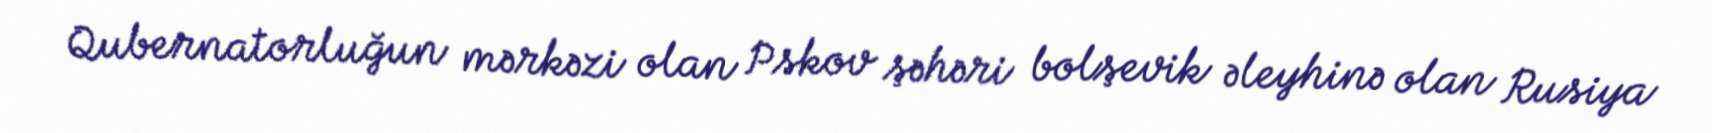
Qubernatorluğun mərkəzi olan Pskov şəhəri bolşevik əleyhinə olan Rusiya